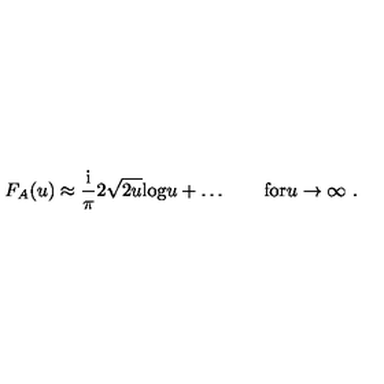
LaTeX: F _ { A } ( u ) \approx { \frac { \mathrm { i } } { \pi } } 2 \sqrt { 2 u } \mathrm { l o g } u + \ldots \qquad \mathrm { f o r } u \to \infty \ .